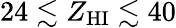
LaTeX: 24\lesssim Z_{\mathrm{HI}}\lesssim 40